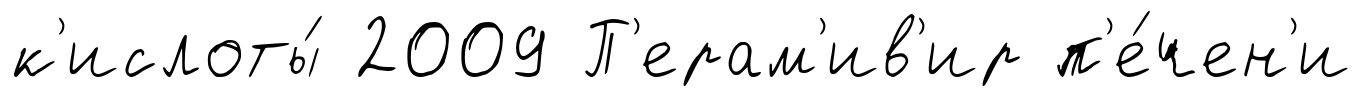
к'ислоты́ 2009 П'ерам'ив'ир п'е́чен'и